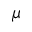
\mu